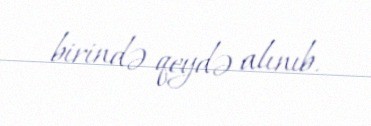
birində qeydə alınıb.